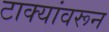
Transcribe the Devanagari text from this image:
टाक्यांवरून